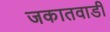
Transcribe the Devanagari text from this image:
जकातवाडी